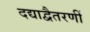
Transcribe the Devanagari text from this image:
दद्याद्वैतरणीं